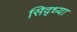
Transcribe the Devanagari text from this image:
सिद्ध्या